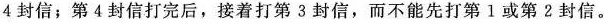
4封信；第4封信打完后，接着打第3封信，而不能先打第Ⅰ或第?封信。